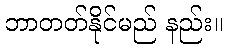
ဘာတတ်နိုင်မည် နည်း။